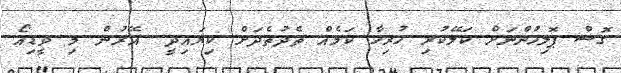
ގޮސް ޕޮލިހުންނަށް ކަލޭކުރި ހުރިހާ ކަމެއް ތެދުތެދަށް ކިޔައިދީ. އޭރުން މި ވީޑިއޯ